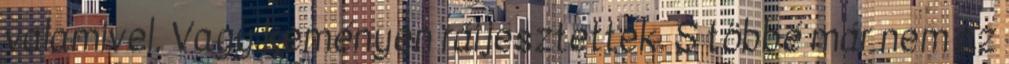
valamivel. Vagy keményen ráijesztettek. S többé már nem az